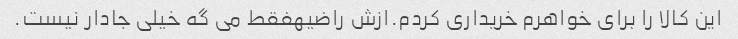
این کالا را برای خواهرم خریداری کردم.ازش راضیهفقط می گه خیلی جادار نیست.